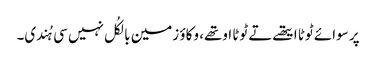
پر سوائے ٹوٹا ایتھے تے ٹوٹا اوتھے، وکاؤ زمین بالکُل نہیں سی ہُندی۔